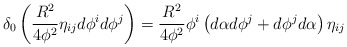
\begin{align*}\delta_{0}\left(\frac{R^2}{4\phi^2}\eta_{ij} d\phi^i d\phi^j\right)=\frac{R^2}{4\phi^2}\phi^i\left(d\alpha d\phi^j+d\phi^j d\alpha\right)\eta_{ij}\end{align*}